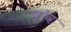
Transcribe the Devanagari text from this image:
व़ोव